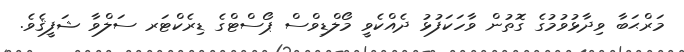
މަރްޙަބާ ވިދާޅުވުމުގެ ގޮތުން ވާހަކަފުޅު ދެއްކެވީ މޯލްޑިވްސް ޕޯސްޓްގެ ޑިރެކްޓަރ ސަލްވާ ޝަފީޤެވެ.